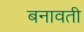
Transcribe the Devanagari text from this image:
बनावती